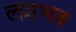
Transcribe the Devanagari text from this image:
लगभब